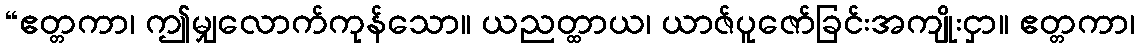
“ဧတ္တကာ၊ ဤမျှလောက်ကုန်သော။ ယညတ္ထာယ၊ ယာဇ်ပူဇော်ခြင်းအကျိုးငှာ။ ဧတ္တကာ၊